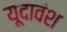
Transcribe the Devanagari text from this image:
यूदावंश